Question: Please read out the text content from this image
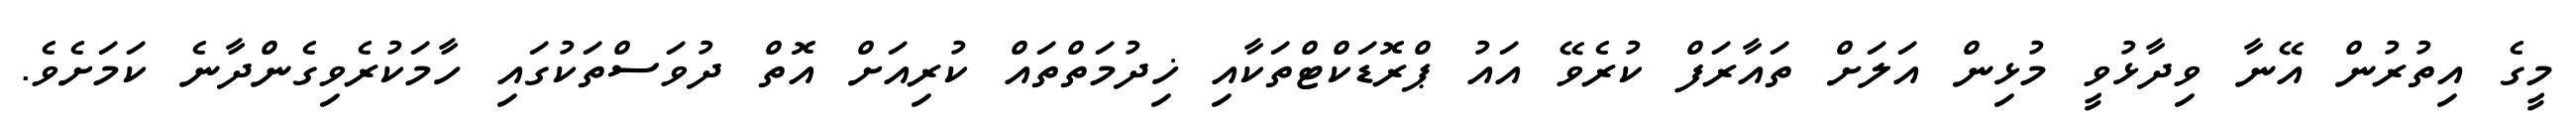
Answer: މީގެ އިތުރުން އޭނާ ވިދާޅުވީ މުޅިން އަލަށް ތައާރަފް ކުރެވޭ އައު ޕްރޮޑަކްޓްތަކާއި ޚިދުމަތްތައް ކުރިއަށް އޮތް ދުވަސްތަކުގައި ހާމަކުރެވިގެންދާނެ ކަމަށެވެ.